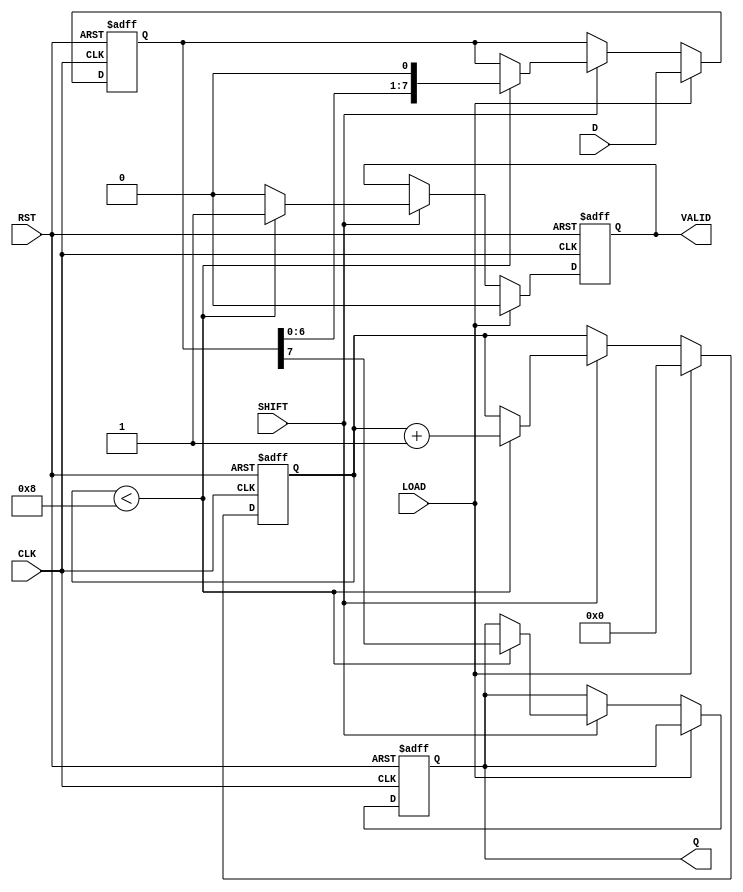
module PISO_Register #(
    parameter WIDTH = 8 // Define the width of the register
)(
    input  wire [WIDTH-1:0] D,    // Parallel data input
    input  wire LOAD,               // Load control signal
    input  wire SHIFT,              // Shift control signal
    input  wire CLK,                // Clock signal
    input  wire RST,                // Asynchronous reset signal
    output reg  Q,                  // Serial output
    output reg  VALID               // Data valid signal
);

    reg [WIDTH-1:0] storage_reg;   // Storage register for parallel data
    reg [3:0] shift_counter;        // Counter to track shifted bits

    // Asynchronous reset
    always @(posedge RST or posedge CLK) begin
        if (RST) begin
            storage_reg <= 0;        // Clear the register
            shift_counter <= 0;      // Reset shift counter
            Q <= 0;                  // Clear serial output
            VALID <= 0;              // Clear valid signal
        end else begin
            // Load data into the storage register
            if (LOAD) begin
                storage_reg <= D;     // Load data on LOAD signal
                shift_counter <= 0;   // Reset shift counter
                VALID <= 0;           // Invalid until shifting starts
            end else if (SHIFT) begin
                if (shift_counter < WIDTH) begin
                    Q <= storage_reg[WIDTH-1]; // Output MSB
                    storage_reg <= {storage_reg[WIDTH-2:0], 1'b0}; // Shift left
                    shift_counter <= shift_counter + 1; // Increment shift counter
                    VALID <= 1; // Data is valid during shifting
                end else begin
                    VALID <= 0; // No valid data when all bits shifted out
                end
            end
        end
    end

endmodule